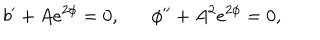
b ^ { \prime } + A e ^ { 2 \phi } = 0 , \phi ^ { \prime \prime } + A ^ { 2 } e ^ { 2 \phi } = 0 , \,